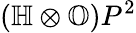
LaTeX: (\mathbb{H}\otimes\mathbb{O})P^{2}